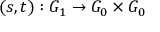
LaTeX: ( s , t ) : G _ { 1 } \to G _ { 0 } \times G _ { 0 }